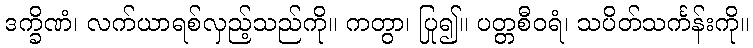
ဒက္ခိဏံ၊ လက်ယာရစ်လှည့်သည်ကို။ ကတွာ၊ ပြု၍။ ပတ္တစီဝရံ၊ သပိတ်သင်္ကန်းကို။